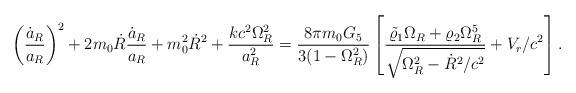
LaTeX: \begin{align*}\left({\dot{a}_R\over a_R}\right)^2+2m_0\dot{R}{\dot{a}_R\over a_R}+m^2_0\dot{R}^2+{{kc^2\Omega^2_R}\over a^2_R}={{8\pi m_0G_5}\over{3(1-\Omega^2_R)}}\left[{{\tilde{\varrho}_1\Omega_R+\varrho_2\Omega^5_R}\over\sqrt{\Omega^2_R-\dot{R}^2/c^2}}+V_r/c^2\right].\end{align*}